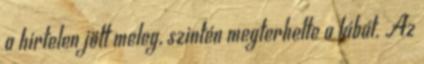
a hirtelen jött meleg, szintén megterhelte a lábát. Az